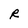
Character: R